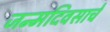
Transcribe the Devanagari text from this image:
जन्मदिवसाचे